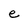
Character: e